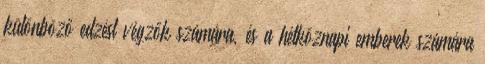
különböző edzést végzők számára, és a hétköznapi emberek számára